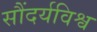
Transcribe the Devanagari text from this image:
सौंदर्यविश्व